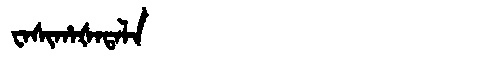
Manchu: ᠸᠠᠰᡳᡥᠠᡧᠠᡨᠠᠯᠠ
Romanization: WASIHAŠATALA